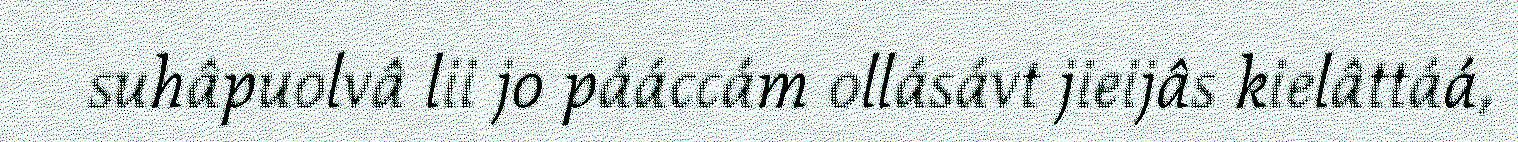
suhâpuolvâ lii jo pááccám ollásávt jieijâs kielâttáá,